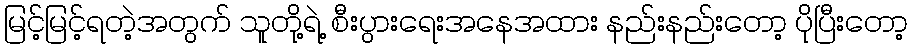
မြင့်မြင့်ရတဲ့အတွက် သူတို့ရဲ့ စီးပွားရေးအနေအထား နည်းနည်းတော့ ပိုပြီးတော့